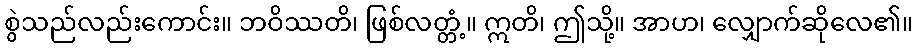
စွဲသည်လည်းကောင်း။ ဘဝိဿတိ၊ ဖြစ်လတ္တံ့။ ဣတိ၊ ဤသို့။ အာဟ၊ လျှောက်ဆိုလေ၏။